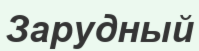
Зарудный